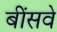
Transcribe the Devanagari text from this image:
बींसवे